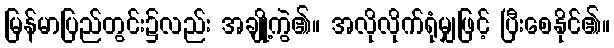
မြန်မာပြည်တွင်း၌လည်း အချို့ကွဲ၏။ အလိုလိုက်ရုံမျှဖြင့် ပြီးစေနိုင်၏။